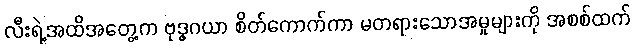
လီးရဲ့အထိအတွေ့က ဗုဒ္ဓဂယာ စိတ်ကောက်ကာ မတရားသောအမှုများကို အစစ်ထက်